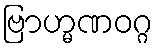
ဗြာဟ္မဏဝဂ္ဂ